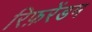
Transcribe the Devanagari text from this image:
रिफ़रेंडम